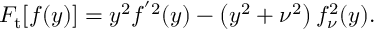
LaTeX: F _ { \mathrm { t } } [ f ( y ) ] = y ^ { 2 } f ^ { ^ { \prime } 2 } ( y ) - \left( y ^ { 2 } + \nu ^ { 2 } \right) f _ { \nu } ^ { 2 } ( y ) .